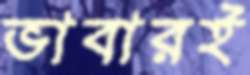
ভাবারই